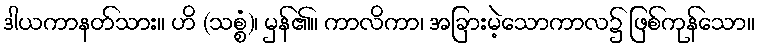
ဒါယကာနတ်သား။ ဟိ (သစ္စံ)၊ မှန်၏။ ကာလိကာ၊ အခြားမဲ့သောကာလ၌ ဖြစ်ကုန်သော။